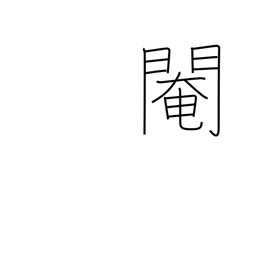
Meaning: eunuch